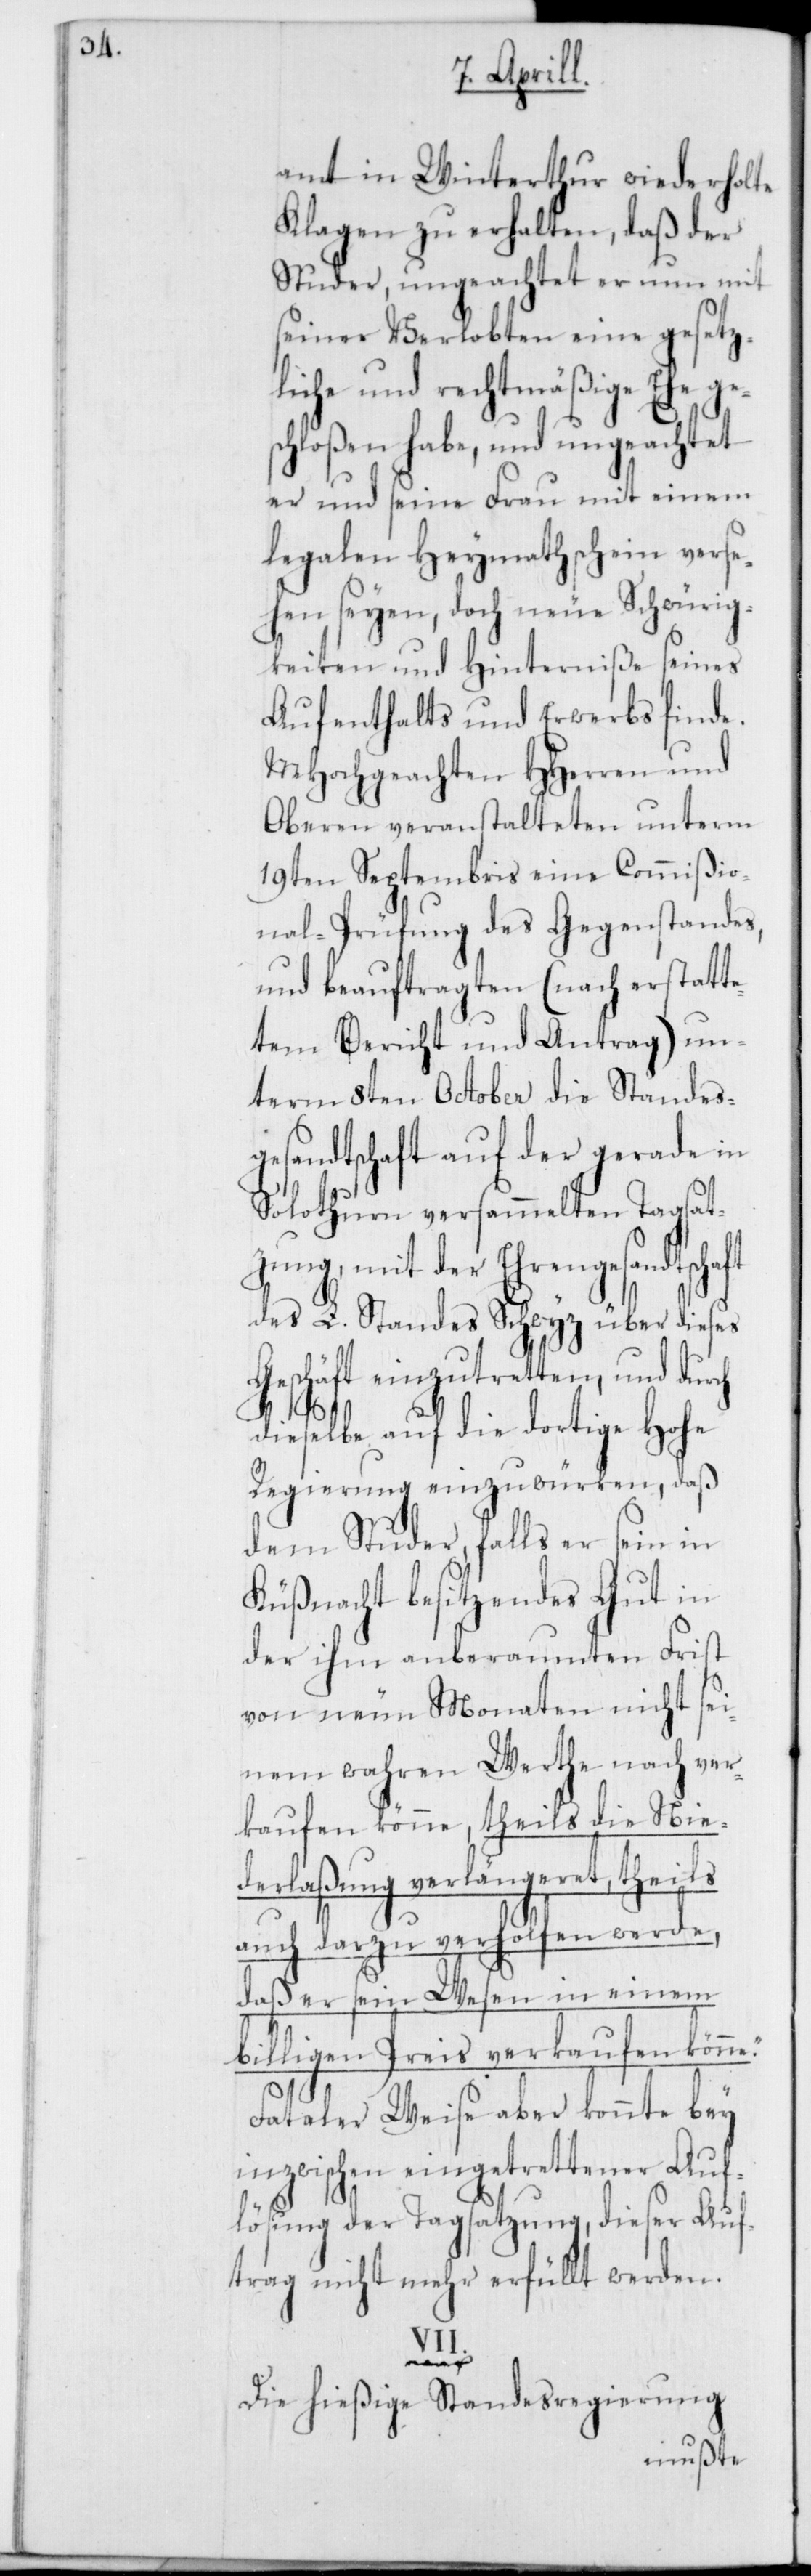
amt in Winterthur wiederholte
Klagen zu erhalten, daß der
Studer, ungeachtet er nun mit
seiner Verlobten eine gesetz¬
liche und rechtmäßige Ehe ge¬
rch
schloßen habe, und ungeachtet
er und seine Frau mit einem
legalen Heymathschein verse¬
hen seyen, doch neue Schwürig¬
keiten und Hinderniße seines
Aufenthalts und Erwerbs finde.
MHochgeachten HHerren und
Oberen veranstalteten unterm
19ten Septembris eine Commißio¬
nal-Prüfung des Gegenstandes,
und beauftragten (nach erstatte¬
tem Bericht und Antrag) un¬
term 8ten October die Standes¬
gesandtschaft auf der gerade in
Solothurn versammelten Tagsat¬
zung, mit der Ehrengesandtsch¬
des L. Standes Schwytz über dieses
schäft einzutretten, und du¬
dieselbe auf die dortige Hohe
Regierung einzuwürken, daß
dem Studer, falls er sein in
Küßnacht besitzendes Gut in
der ihm anberaumten Frist
von neun Monaten nicht sei¬
nem wahren Werthe nach ver¬
kaufen könne, theils die Nie¬
derlaßung verlängeret, theils
auch dazu verholfen werde,
daß er sein Wesen in einem
billigen Preis verkaufen könne“.
Fatalerweise aber konnte bey
inzwischen eingetretener Auf¬
lösung der Tagsatzung, dieser Auf¬
trag nicht mehr erfüllt werden.
VII.
Die hießige Standesregierung